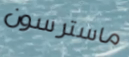
ماسترسون